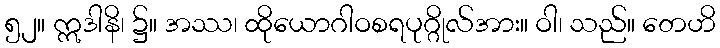
၅၂။ ဣဒါနိ၊ ၌။ အဿ၊ ထိုယောဂါဝစရပုဂ္ဂိုလ်အား။ ဝါ၊ သည်။ တေဟိ